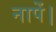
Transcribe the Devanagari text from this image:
नापें।